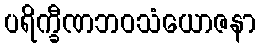
ပရိက္ခီဏဘဝသံယောဇနာ